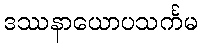
ဒဿနာယောပသင်္ကမ